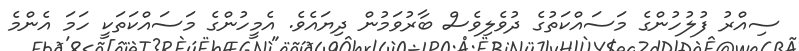
ސިއްރު ފުލުހުންގެ މަސައްކަތުގެ ދުވެލިވެސް ބާރުވަމުން ދިޔައެވެ. އެމީހުންގެ މަސައްކަތަކީ ހަމަ އެންމެ